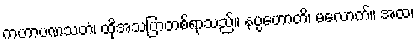
ကဟာပဏသတံ၊ ထိုအသပြာတစ်ရာသည်။ နပ္ပဟောတိ၊ မလောက်။ အထ၊